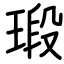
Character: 瑖